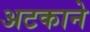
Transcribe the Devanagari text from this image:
अटकाने